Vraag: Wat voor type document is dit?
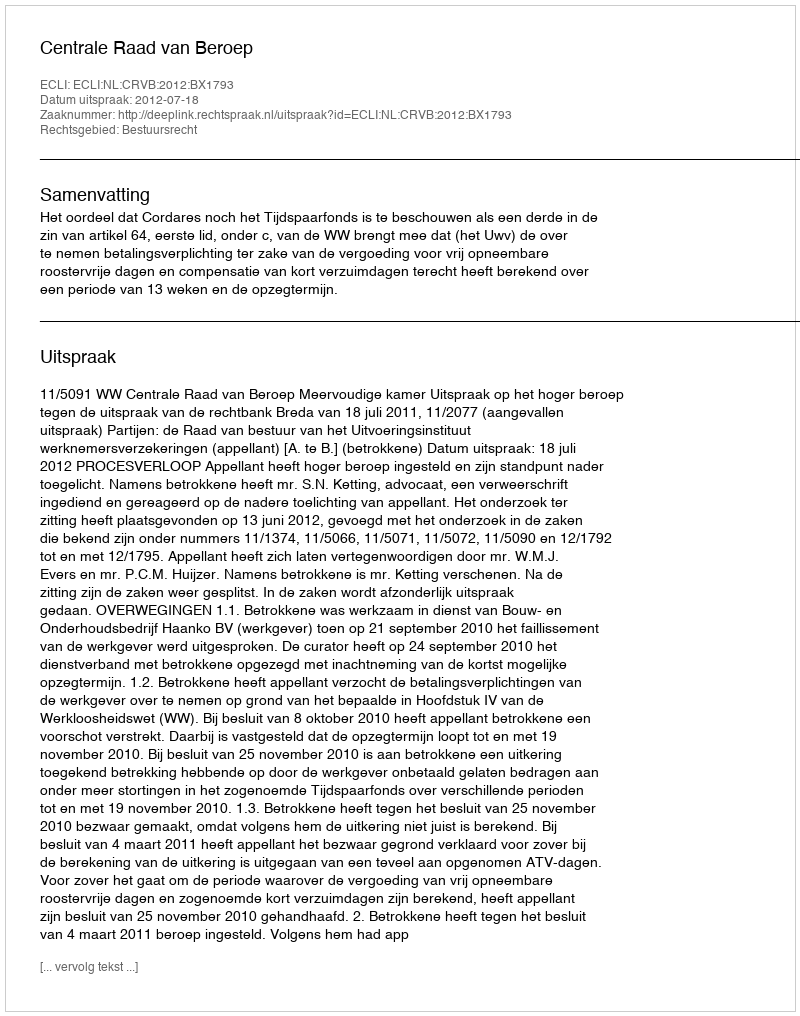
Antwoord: Uitspraak